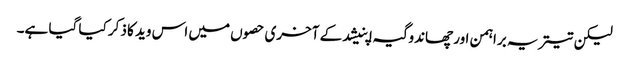
لیکن تیتریہ براہمن اور چھاندوگیہ اپنیشد کے آخری حصوں میں اس وید کا ذکر کیا گیا ہے۔